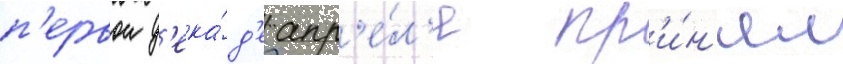
п'ервои д'ека́д'е апр'е́л'я пр'и́н'ял